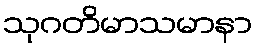
သုဂတိမာသမာနာ